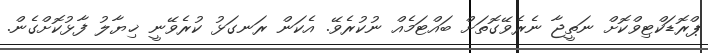
ޕްރޮޑަކްޓިވްކޮށް ނަތީޖާ ނެރެވޭގޮތަށް ބައްޓަމެއް ނުކުރެވޭ. އެކަން ރަނގަޅު ކުރެވޭނީ ޚިޔާލު ފާޅުކޮށްގެން.